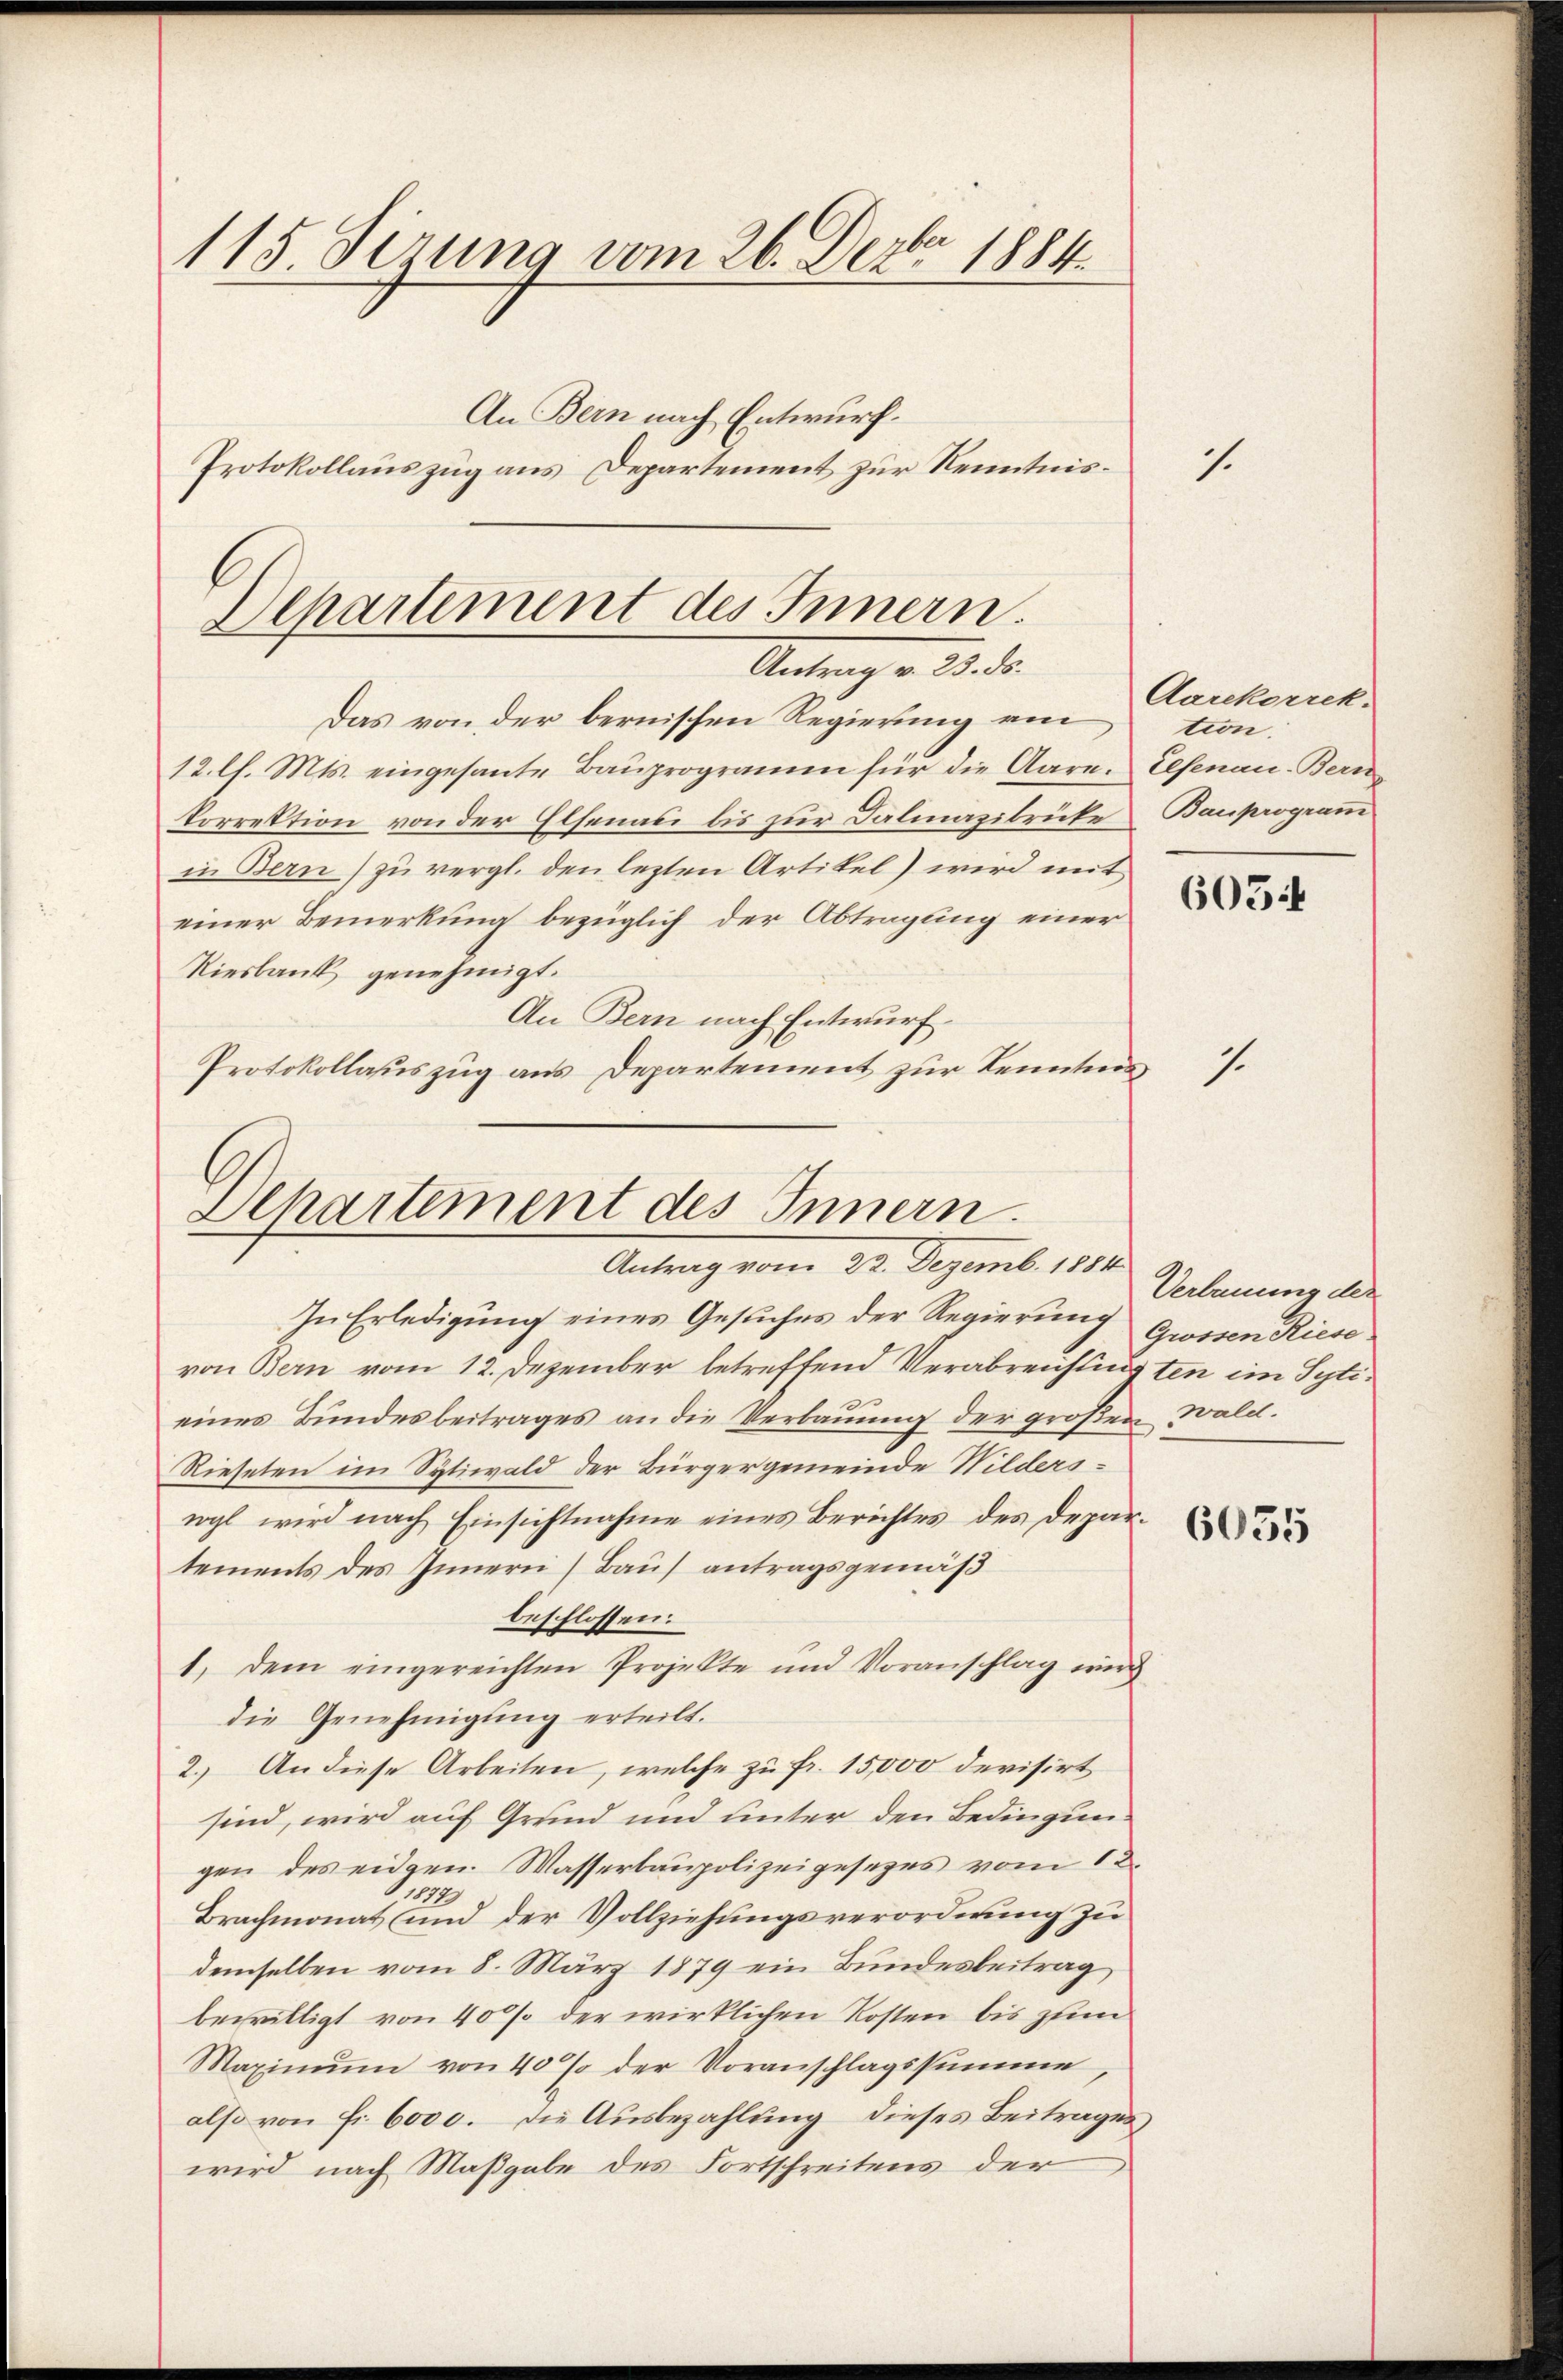
115 Sizung vom 26. Dezbr 1884.
An Bern nach Entwurf.
Protokollauszug aus Departement zur Kenntnis¬

Departement des Innern.
Antrag v. 23. d.

Das von der bernischen Regierung von
12. l. Mts. eingesante Baŭprogramm für die Aare. Elsenau-Bern
korrektion von der Elsenati bis zur Dalmazibrücke Bauprogramm
in Bern) zu vergl. den lezten Artikel) wird mit
einer Bemerkung bezüglich der Abtragung einer
Riesbank genehmigt.
An Bern nach Entwurf.
Protokollauszug aus Departement zur Kenntnis

Departement des Innern.
Antrag vom 22. Dezemb. 1889.

In Erledigung eines Gesuches der Regierung Gwisen Riesevon Bern vom 12. Dezember betreffend Verabreistigten im Sytieines Bundesbeitrages an die Verbauung der großen Wald.
Rieselen im Sytiwald der Bürgergemeinde Wilderswogl wird nach Einsichtnahme eines Berichtes des Depar-
tements des Innern Bau antragsgemäß
beschlossen:
1. dem eingereichten Projekte und Voranschlag wird
die Genehmigung erteilt.
2.) An diese Arbeiten, welche zu fr. 15,000 devisirt
sind, wird auf Grund und unter den Bedingungen des eidgen. Wasserbaupolizeigesezes vom 12.
1
Brachmonat und der Vollziehungsverordnung zu
demselben vom 8. März 1879 ein Bundesbeitrag
bewilligt von 40% der wirklichen Kosten bis zum
Maximŭm von 40% der Voranschlagssumme,
also von Fr. 6000. die Ausbezahlung dieses Beitrages
wird nach Maßgabe des Fortschreitens der

Aarekorrek.
tion.

605.

1.

Verbauung der

6035